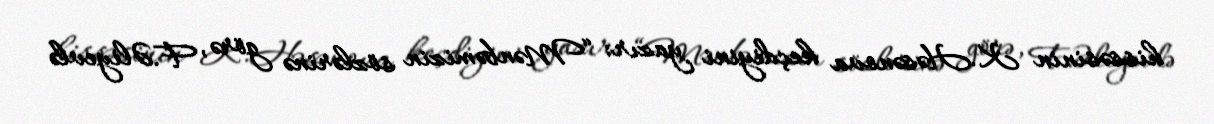
hissəsinin K.Həsənova keçdiyini yazır: “Mənbəmizin sözlərinə görə, F.Əliyevlə